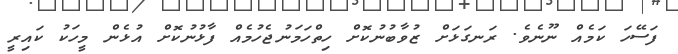
ފަސޭހަ ކަމެއް ނޫނެވެ. ރަނގަޅަށް ޒުވާބުނުކޮށް ހިތްހަމަނުޖެހުމެއް ފާޅުނުކޮށް އުޅެން މީހަކު ކައިރީ